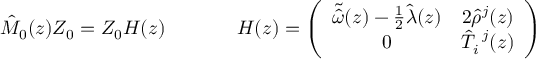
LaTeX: \begin{array} { c c } { { \hat { M } _ { 0 } ( z ) Z _ { 0 } = Z _ { 0 } H ( z ) ~ ~ ~ ~ } } & { { ~ ~ ~ ~ H ( z ) = \left( \begin{array} { c c } { { \tilde { \hat { \omega } } ( z ) - \frac { 1 } { 2 } \hat { \lambda } ( z ) } } & { { 2 \hat { \rho } ^ { j } ( z ) } } \\ { { 0 } } & { { \hat { T } _ { i } ^ { ~ j } ( z ) } } \end{array} \right) } } \end{array}